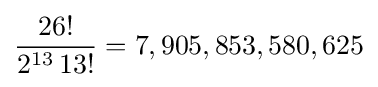
{\frac {26!}{2^{13}\,13!}}=7,905,853,580,625